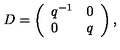
D = \left( \begin{array} { l c } { q ^ { - 1 } } & { 0 } \\ { 0 } & { q } \\ \end{array} \right) ,